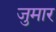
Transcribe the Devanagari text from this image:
जुमार